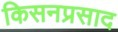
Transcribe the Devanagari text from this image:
किसनप्रसाद